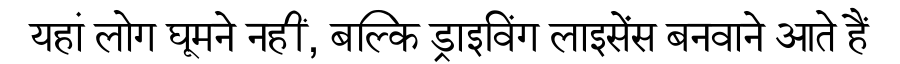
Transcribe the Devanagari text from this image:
यहां लोग घूमने नहीं, बल्कि ड्राइविंग लाइसेंस बनवाने आते हैं